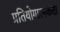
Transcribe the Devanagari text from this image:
प्रतियोगात्मकता